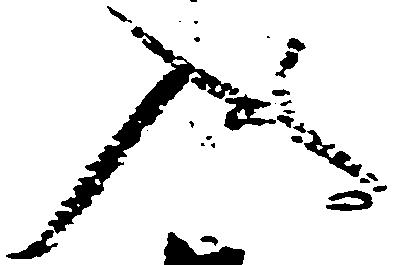
入